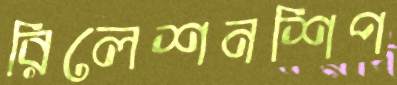
রিলেশনশিপ